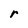
Character: r